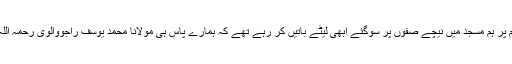
شیخ غلام رسول آف موڑ کھنڈا بیان کرتے ہیں کہ دارالقدس لاہور میں جلسہ تھا اس کے اختتام پر ہم مسجد میں نیچے صفوں پر سوگئے ابھی لیٹے باتیں کر رہے تھے کہ ہمارے پاس ہی مولانا محمد یوسف راجووالوی رحمہ اللہ بھی لیٹ گئے مجھے میرا دوست کہنے لگا کہ یہ بہت بڑے محدث ہیں اور نیک انسان ہیں ۔